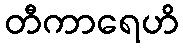
တီကာရေဟိ